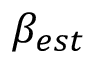
\beta _ { e s t }